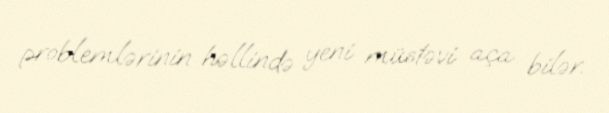
problemlərinin həllində yeni müstəvi aça bilər.